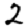
Digit: 2